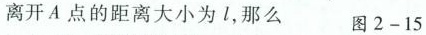
离开A点的距离大小为l